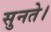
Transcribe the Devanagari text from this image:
सुनते।